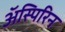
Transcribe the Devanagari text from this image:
अॅस्पिरिन